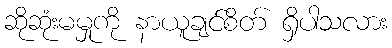
ဆိုဆုံးမမှုကို နာယူချင်စိတ် ရှိပါသလား